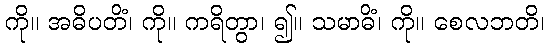
ကို။ အဓိပတိံ၊ ကို။ ကရိတွာ၊ ၍။ သမာဓိံ၊ ကို။ စေလဘတိ၊